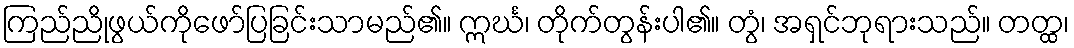
ကြည်ညိုဖွယ်ကိုဖော်ပြခြင်းသာမည်၏။ ဣင်္ဃ၊ တိုက်တွန်းပါ၏။ တွံ၊ အရှင်ဘုရားသည်။ တတ္ထ၊